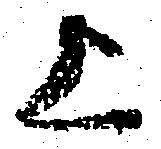
上